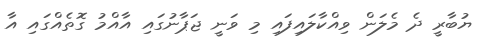
ޔުބާރީ ދެ މެލަން ވިއްކާލައިފައި މި ވަނީ ޖަޕާނުގައި އާއްމު ގޮތެއްގައި އާ